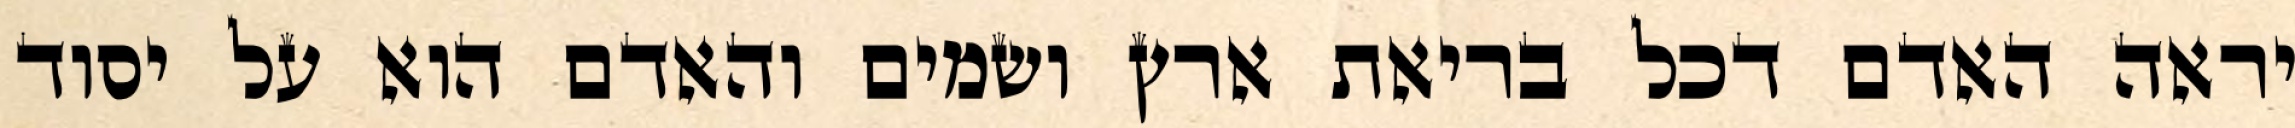
יראה האדם דכל בריאת ארץ ושמים והאדם הוא על יסוד